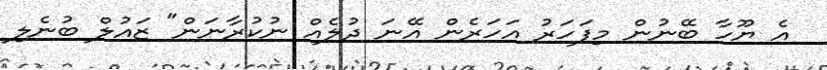
އެ ޔޫހާ ބޭނުން މިފަހަރު އަހަރެން އޭނަ ދުލެއް ނުކުރާނަން" ޒައުލް ބުނެލި